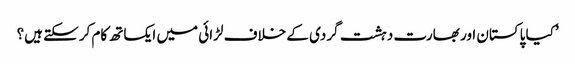
’کیا پاکستان اور بھارت دہشت گردی کے خلاف لڑائی میں ایکساتھ کام کرسکتے ہیں؟